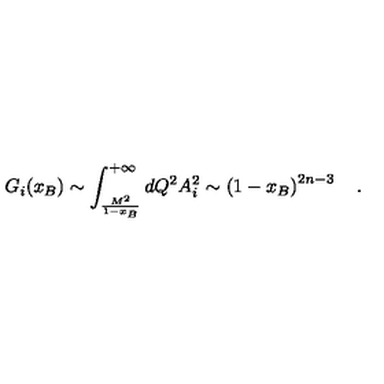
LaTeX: G _ { i } ( x _ { B } ) \sim \int _ { \frac { M ^ { 2 } } { 1 - x _ { B } } } ^ { + \infty } d Q ^ { 2 } A _ { i } ^ { 2 } \sim \left( 1 - x _ { B } \right) ^ { 2 n - 3 } \quad .